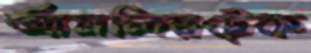
আমলিরটেক